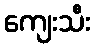
ကျေးသီး